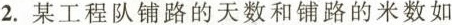
2. 某工程队铺路的天数和铺路的米数如